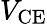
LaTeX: V_{\mathrm{CE}}